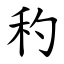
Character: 䄪